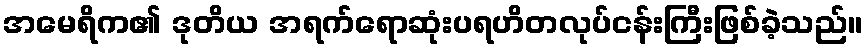
အမေရိက၏ ဒုတိယ အရက်ရောဆုံးပရဟိတလုပ်ငန်းကြီးဖြစ်ခဲ့သည်။